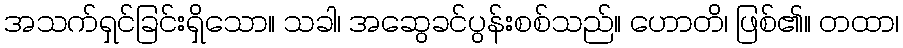
အသက်ရှင်ခြင်းရှိသော။ သခါ၊ အဆွေခင်ပွန်းစစ်သည်။ ဟောတိ၊ ဖြစ်၏။ တထာ၊